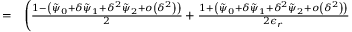
\begin{array} { r l } { = } & { { } \Bigg ( \frac { 1 - \left( \tilde { \psi } _ { 0 } + \delta \tilde { \psi } _ { 1 } + \delta ^ { 2 } \tilde { \psi } _ { 2 } + o \left( \delta ^ { 2 } \right) \right) } { 2 } + \frac { 1 + \left( \tilde { \psi } _ { 0 } + \delta \tilde { \psi } _ { 1 } + \delta ^ { 2 } \tilde { \psi } _ { 2 } + o \left( \delta ^ { 2 } \right) \right) } { 2 \epsilon _ { r } } } \end{array}